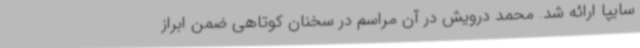
سایپا ارائه شد. محمد درویش در آن مراسم در سخنان کوتاهی ضمن ابراز